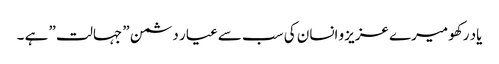
یاد رکھو میرے عزیزو انسان کی سب سے عیار دشمن ” جہالت ” ہے ۔